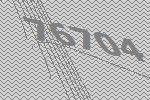
76704